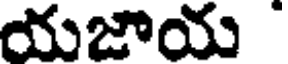
యజాయ